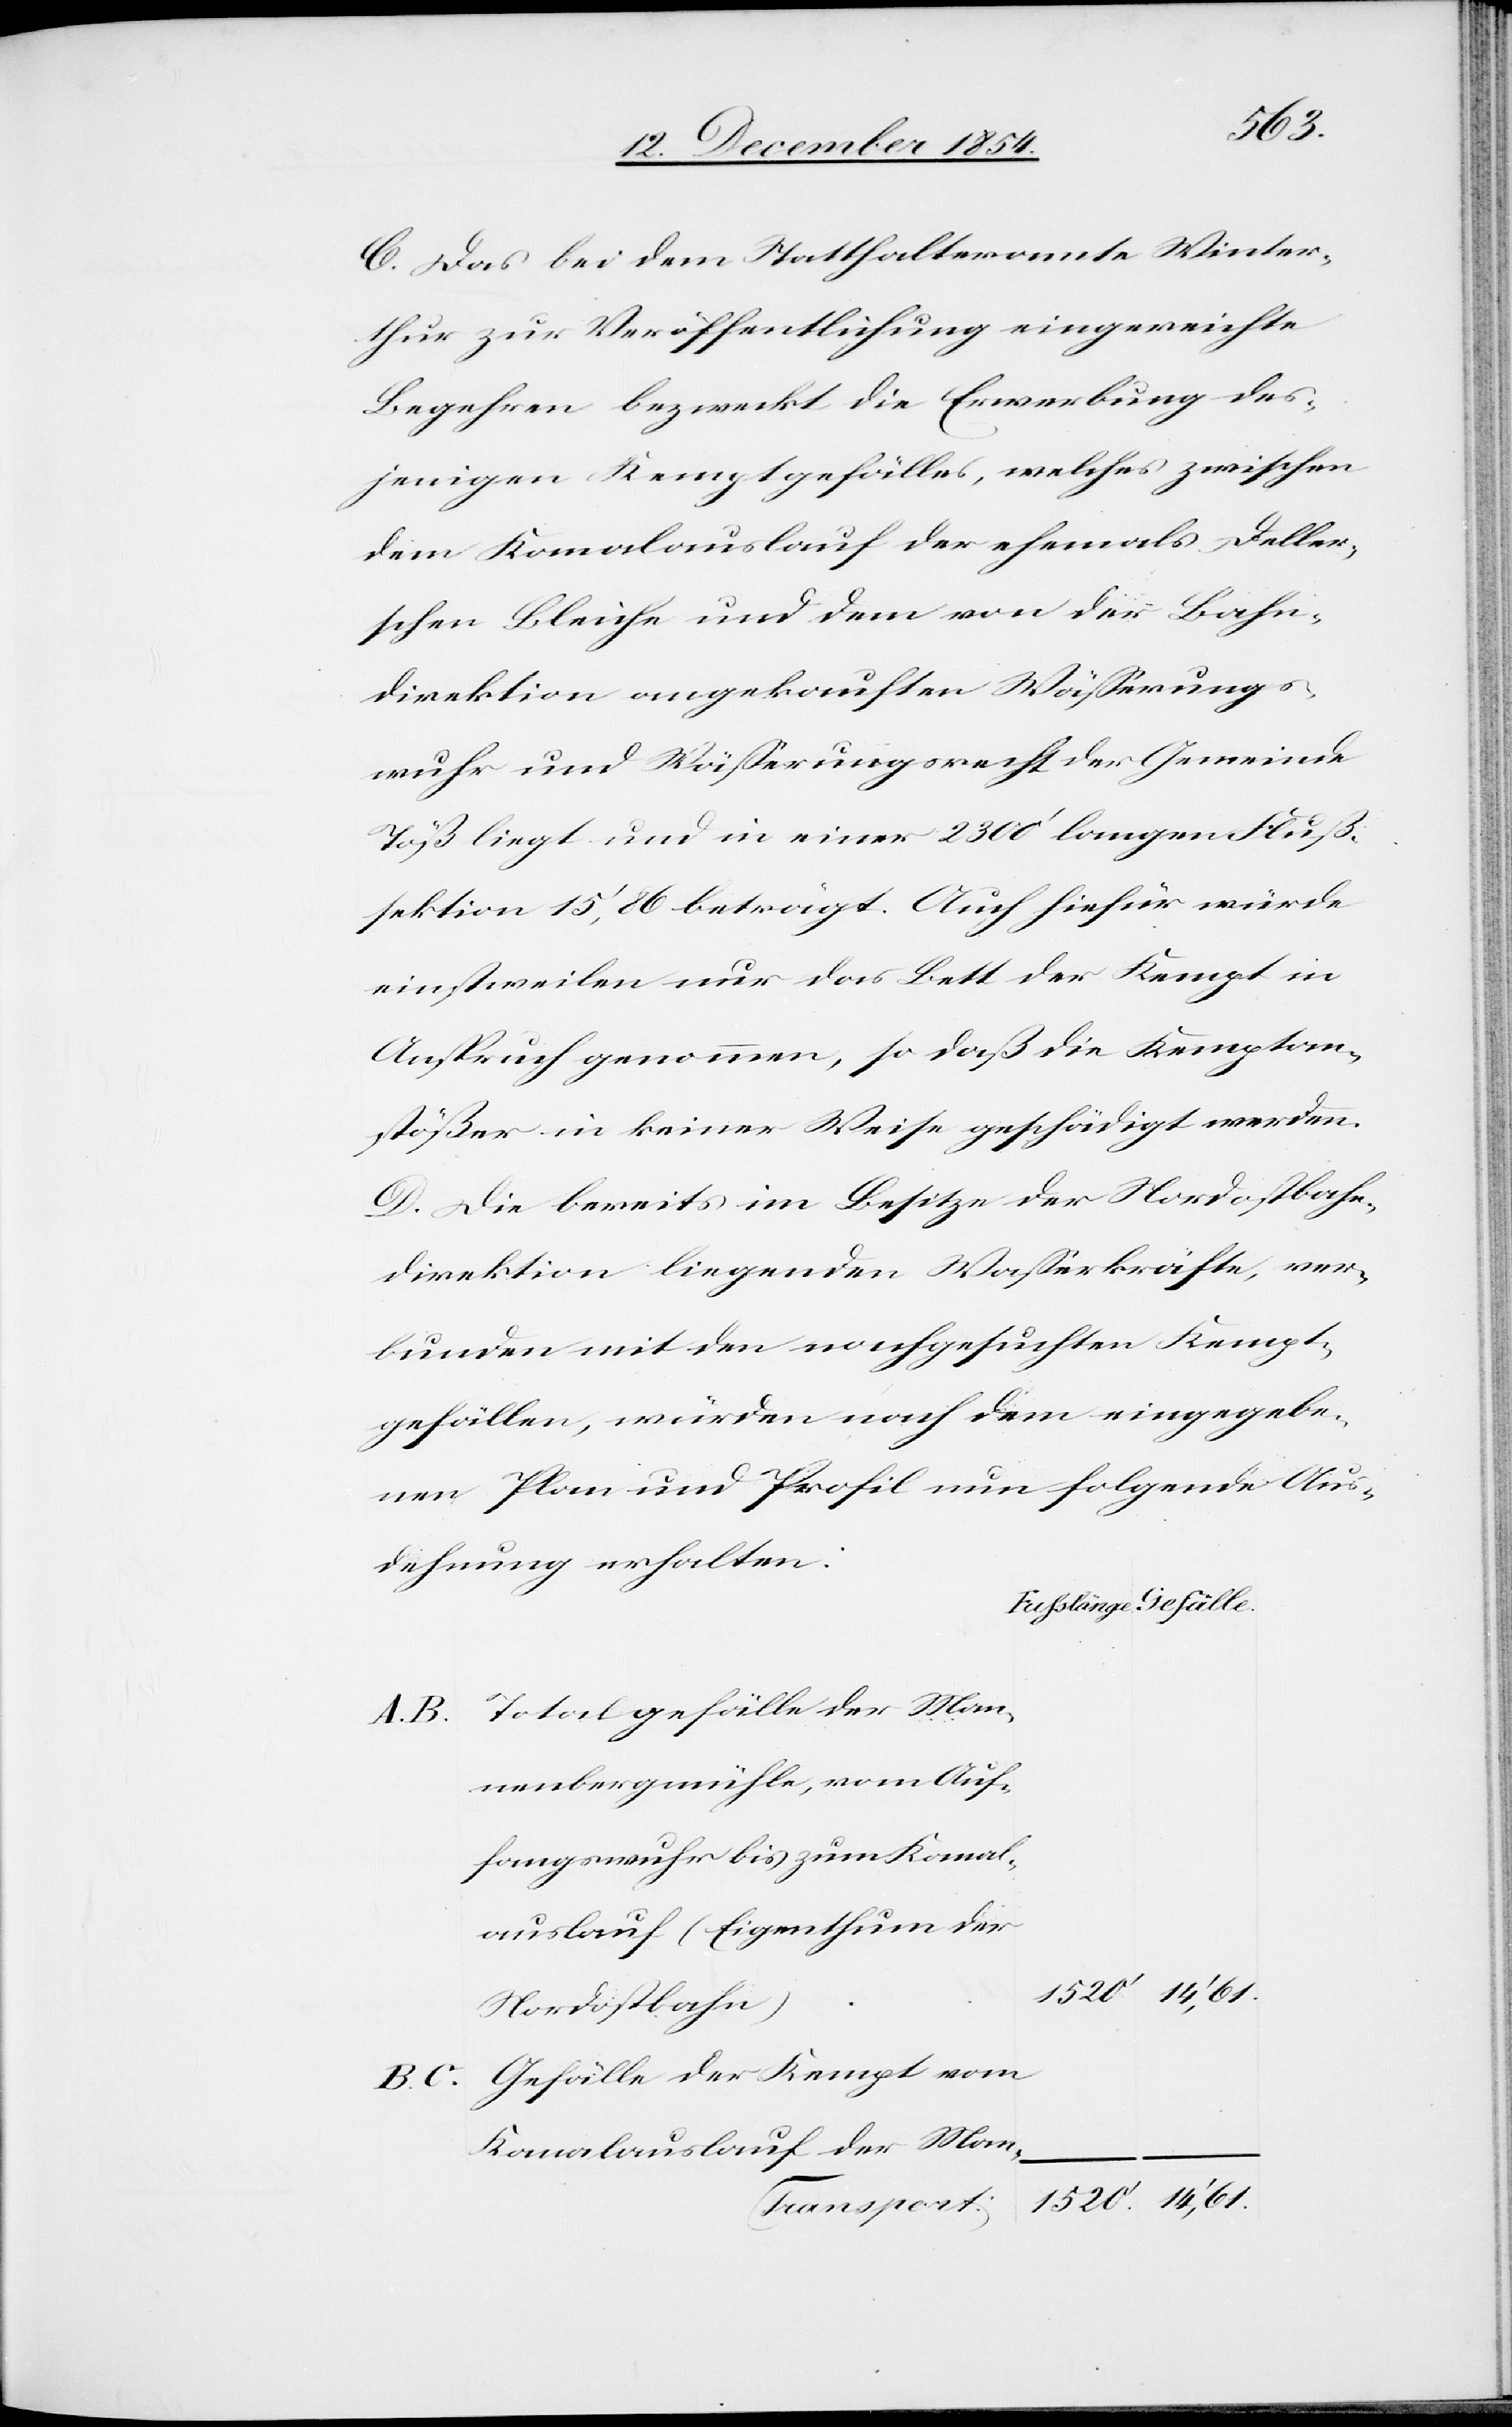
Man¬
C. Das bei dem Statthalteramte Winter¬
thur zur Veröffentlichung eingereichte
Begehren bezweckt die Erwerbung des¬
jenigen Kemptgefälles, welches zwischen
dem Kanalauslauf der ehemals Deller¬
schen Bleiche und dem von der Bahn¬
direktion angekauften Wäßerungs¬
wuhr und Wäßerungsrecht der Gemeinde
Töß liegt und in einer 2300‘ langen Fluß¬
sektion 15‘, 86 beträgt. Auch hiefür würde
einstweilen nur das Bett der Kempt in
Anspruch genommen, so daß die Kemptan¬
stößer in keiner Weise geschädigt werden.
D. Die bereits im Besitze der Nordostbahn¬
direktion liegenden Waßerkräfte, ver¬
bunden mit den nachgesuchten Kempt¬
gefällen, würden nach dem eingegebe¬
nen Plan und Profil nun folgende Aus¬
dehnung erhalten:
nenbergmühle, vom Auf¬
fangswuhr bis zum Kanal¬
auslauf (Eigenthum der
Nordostbahn)
Gefälle der Kempt vom
Kanalauslauf der Man-